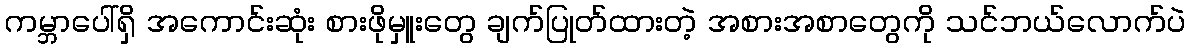
ကမ္ဘာပေါ်ရှိ အကောင်းဆုံး စားဖိုမှူးတွေ ချက်ပြုတ်ထားတဲ့ အစားအစာတွေကို သင်ဘယ်လောက်ပဲ